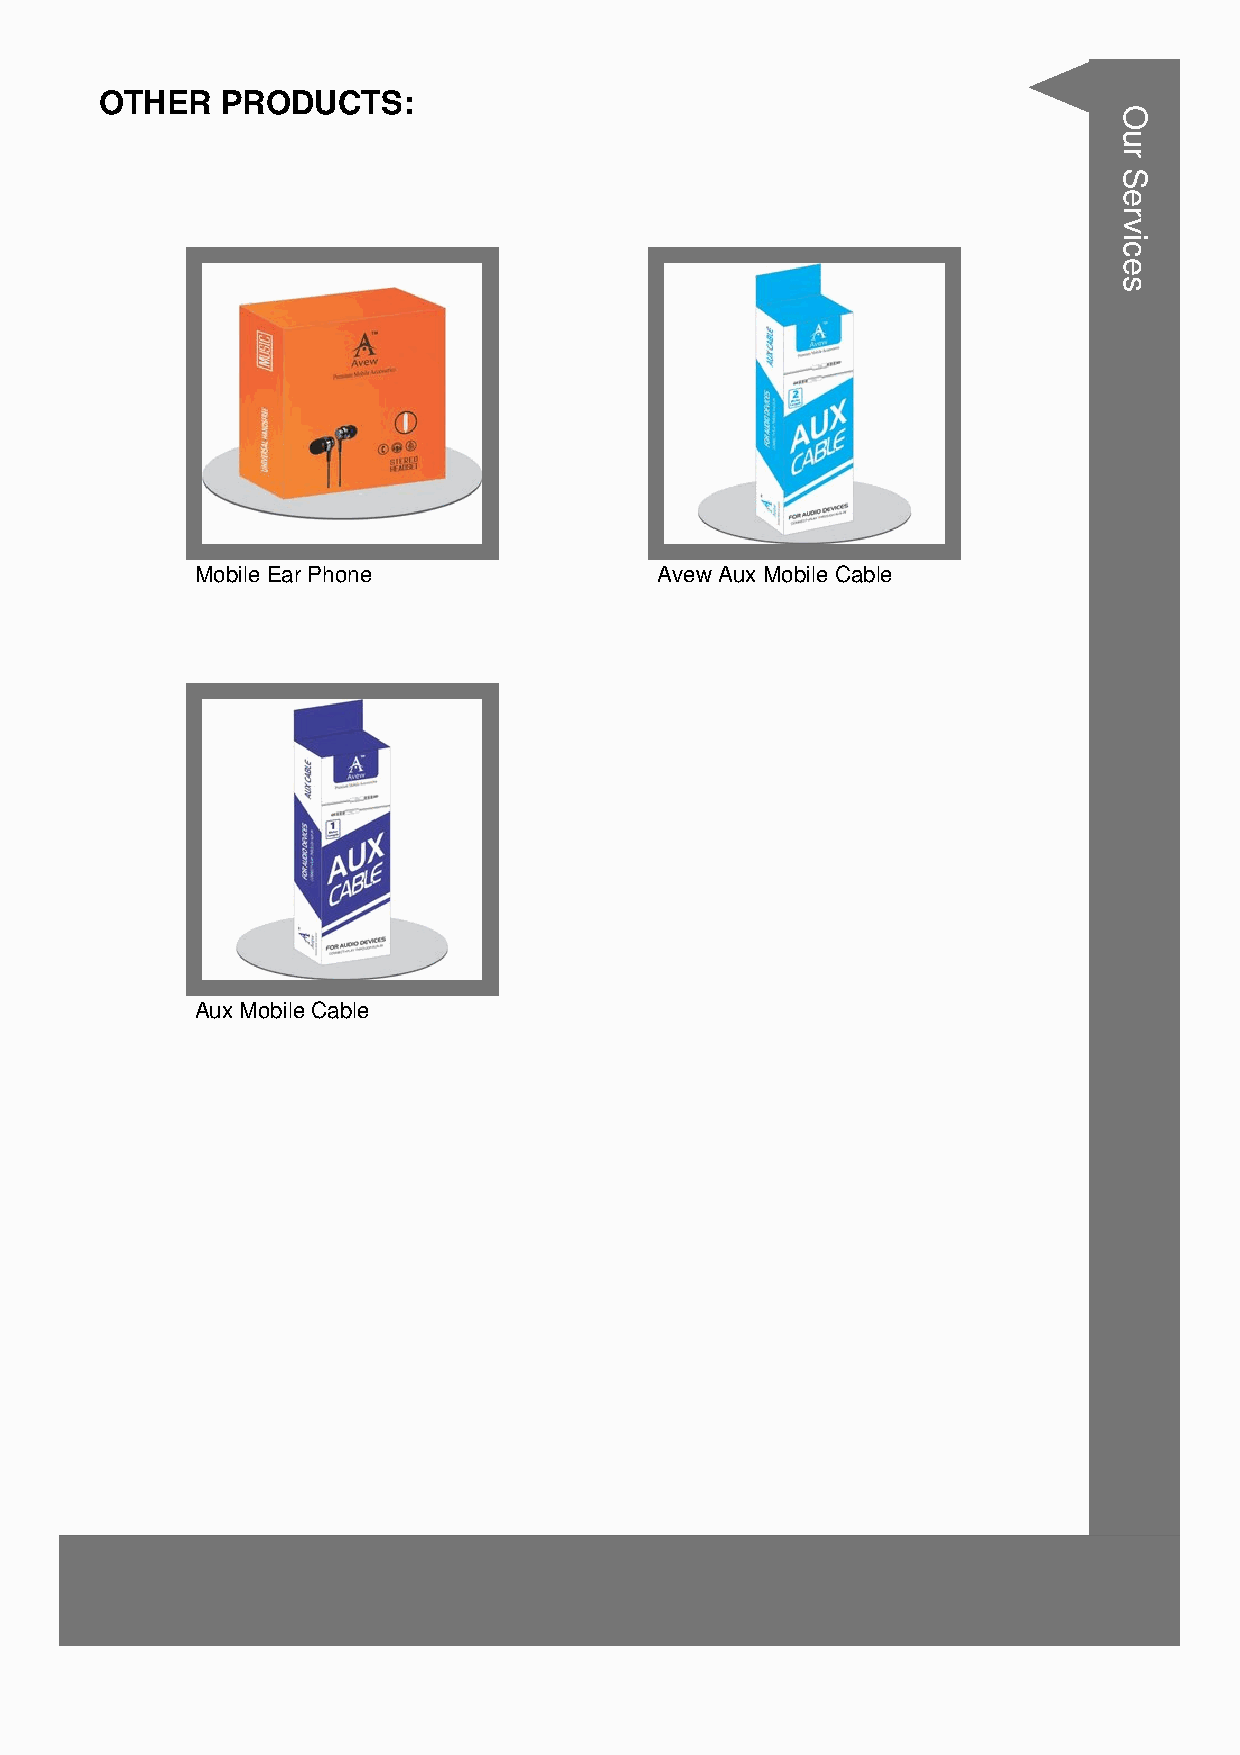
OTHER   PRODUCTS:
 Mobile Ear Phone              Avew Aux Mobile Cable
 Aux Mobile Cable
 Our
 Services